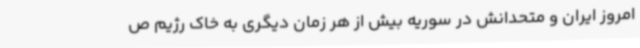
امروز ایران و متحدانش در سوریه بیش از هر زمان دیگری به خاک رژیم ص